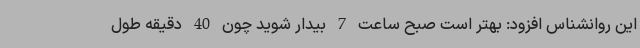
این روانشناس افزود: بهتر است صبح ساعت 7 بیدار شوید چون 40 دقیقه طول